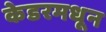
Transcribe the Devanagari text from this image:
केडरमधून